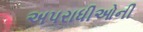
અપરાધીઓની